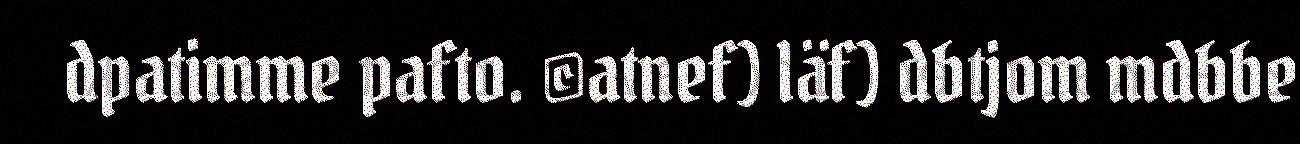
dpatimme pafto. ©atnef) läf) dbtjom mdbbe